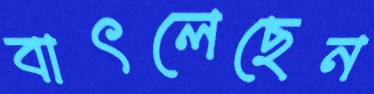
বাৎলেছেন